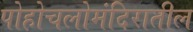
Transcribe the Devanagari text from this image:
पोहोचलोमंदिरातील